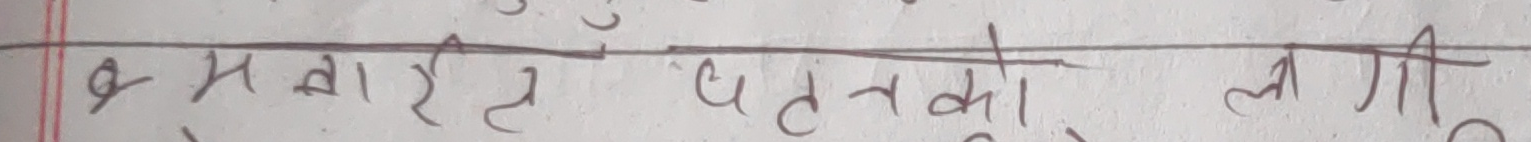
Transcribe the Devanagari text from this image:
कमतारेल बतको लागी